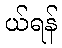
ယ်ရန်